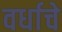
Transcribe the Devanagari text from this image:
वर्धाचे